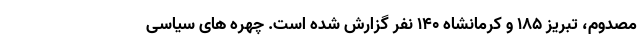
مصدوم، تبریز ۱۸۵ و کرمانشاه ۱۴۰ نفر گزارش شده است. چهره های سیاسی